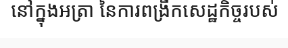
នៅក្នុងអត្រា នៃការពង្រីកសេដ្ឋកិច្ចរបស់